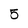
Character: 5